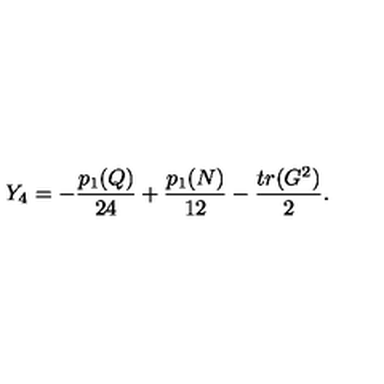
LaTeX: Y _ { 4 } = - { \frac { p _ { 1 } ( Q ) } { 2 4 } } + { \frac { p _ { 1 } ( N ) } { 1 2 } } - { \frac { t r ( G ^ { 2 } ) } { 2 } } .